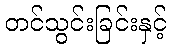
တင်သွင်းခြင်းနှင့်